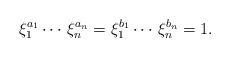
LaTeX: \begin{align*} \xi_1^{a_1} \cdots \, \xi_n^{a_n}=\xi_1^{b_1} \cdots \, \xi_n^{b_n}=1. \end{align*}